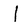
Character: l